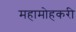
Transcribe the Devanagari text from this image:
महामोहकरी